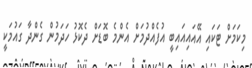
މިކަމަށް ޓަކައި އޭއައިއައިބީ އުފެއްދުމަށް އެންމެ ބޮޑަށް ދެކޮޅު ހަދަމުން ގެންދާ ގައުމަކީ